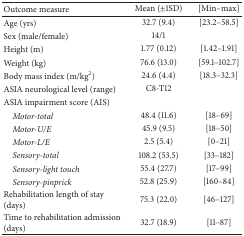
| Outcome measure | Mean (±1SD) | [Min–max] |
 | --- | --- | --- |
 | Age (yrs) | 32.7 (9.4) | [23.2–58.5] |
 | Sex (male/female) | 14/1 |  |
 | Height (m) | 1.77 (0.12) | [1.42–1.91] |
 | Weight (kg) | 76.6 (13.0) | [59.1–102.7] |
 | Body mass index (m/kg2) | 24.6 (4.4) | [18.3–32.3] |
 | ASIA neurological level (range) | C8-T12 |  |
 | ASIA impairment score (AIS) |  |  |
 | Motor-total | 48.4 (11.6) | [18–69] |
 | Motor-U/E | 45.9 (9.5) | [18–50] |
 | Motor-L/E | 2.5 (5.4) | [0–21] |
 | Sensory-total | 108.2 (53.5) | [33–182] |
 | Sensory-light touch | 55.4 (27.7) | [17–99] |
 | Sensory-pinprick | 52.8 (25.9) | [160–84] |
 | Rehabilitation length of stay (days) | 75.3 (22.0) | [46–127] |
 | Time to rehabilitation admission (days) | 32.7 (18.9) | [11–87] |